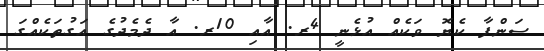
ސަންފާ ކެޔޮ ވަކެއް އުޅެނީ 4ރ. އާއި 10ރ. އާ ދެމެދުގެ އަގުތަކެއްގަ